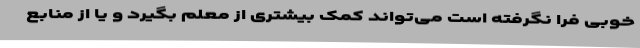
خوبی فرا نگرفته است می‌تواند کمک بیشتری از معلم بگیرد و یا از منابع